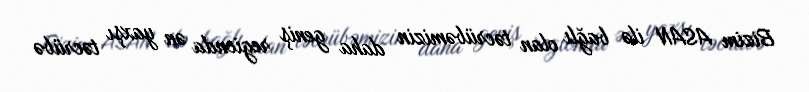
Bizim ASAN ilə bağlı olan təcrübəmizin daha geniş regionda ən yaxşı təcrübə